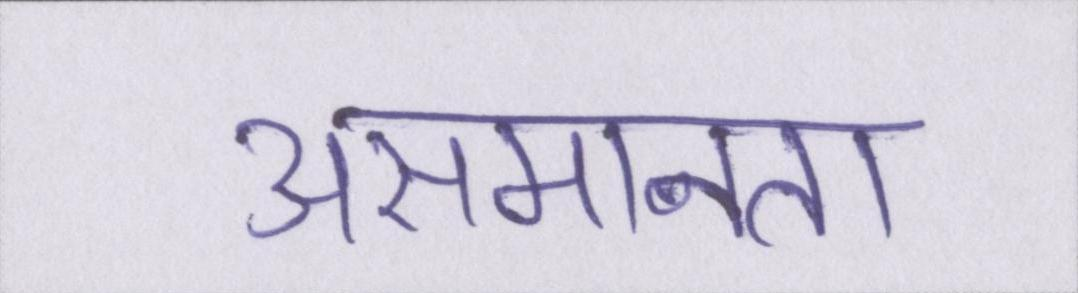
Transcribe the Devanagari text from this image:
असमानता